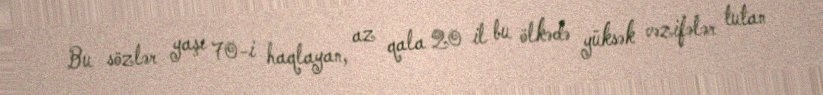
Bu sözlər yaşı 70-i haqlayan, az qala 20 il bu ölkədə yüksək vəzifələr tutan